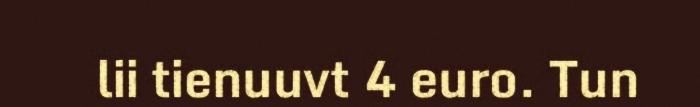
lii tienuuvt 4 euro. Tun